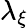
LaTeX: \lambda_{\xi}